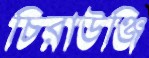
চিরাউঞ্জি